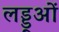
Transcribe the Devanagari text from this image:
लड्डूओं